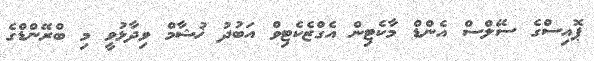
ޕޮއިސްގެ ސޭލްސް އެންޑް މާކެޓިން އެގްޒެކެޓިވް އަބުދު ޚުޝާމް ވިދާޅުވީ މި ބްރޭންޑްގެ